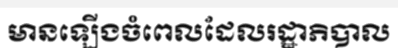
មានឡើងចំពេលដែលរដ្ឋាភិបាល